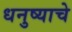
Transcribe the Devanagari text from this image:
धनुष्याचे